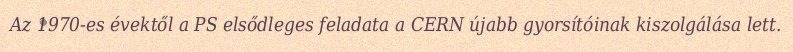
Az 1970-es évektől a PS elsődleges feladata a CERN újabb gyorsítóinak kiszolgálása lett.